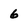
Character: 6